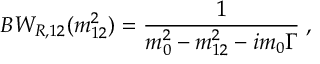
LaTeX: B W _ { R , 1 2 } ( m _ { 1 2 } ^ { 2 } ) = \frac { 1 } { m _ { 0 } ^ { 2 } - m _ { 1 2 } ^ { 2 } - i m _ { 0 } \Gamma } \; ,